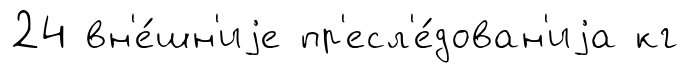
24 вн'е́шн'иjе пр'есл'е́дован'иjа кг